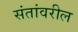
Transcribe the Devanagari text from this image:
संतांवरील